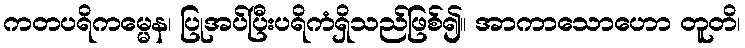
ကတပရိကမ္မေန၊ ပြုအပ်ပြီးပရိကံရှိသည်ဖြစ်၍။ အာကာသောဟော တူတိ၊